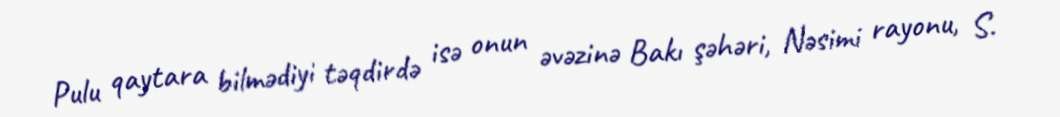
Pulu qaytara bilmədiyi təqdirdə isə onun əvəzinə Bakı şəhəri, Nəsimi rayonu, S.